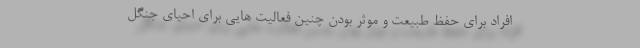
افراد برای حفظ طبیعت و موثر بودن چنین فعالیت هایی برای احیای جنگل